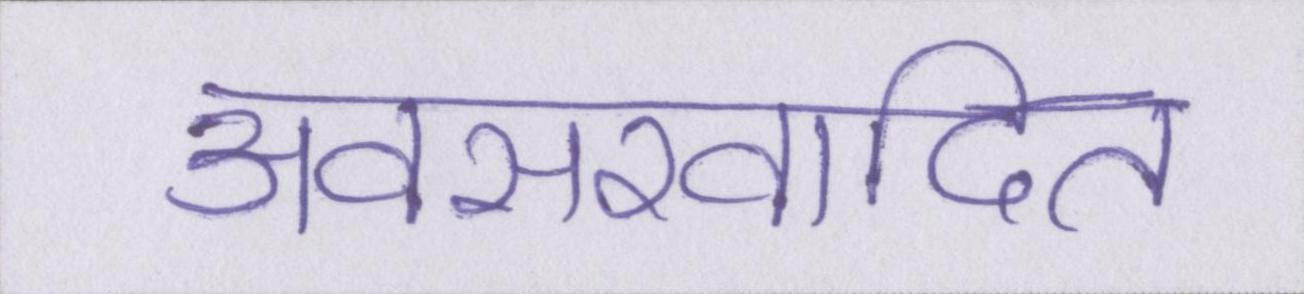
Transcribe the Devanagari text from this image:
अवसरवादित